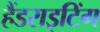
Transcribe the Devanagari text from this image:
हैंडराइटिंग